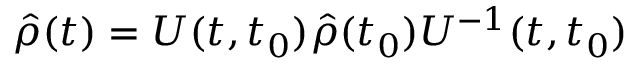
\hat { \rho } ( t ) = U ( t , t _ { 0 } ) \hat { \rho } ( t _ { 0 } ) U ^ { - 1 } ( t , t _ { 0 } )